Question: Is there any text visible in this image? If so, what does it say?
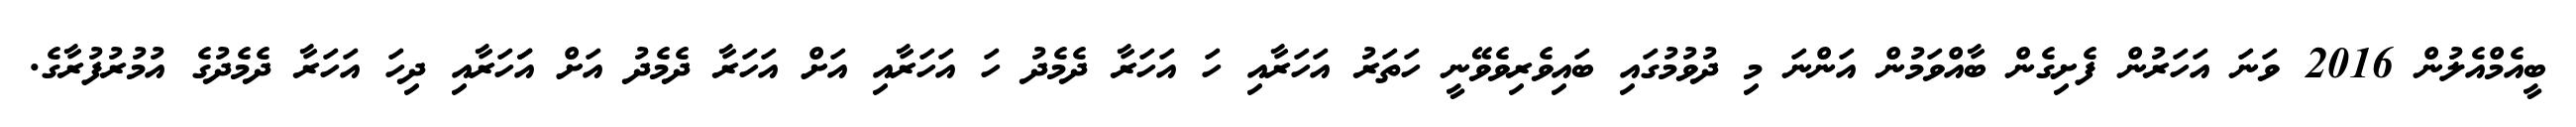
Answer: ބީއެމްއެލުން 2016 ވަނަ އަހަރުން ފެށިގެން ބާއްވަމުން އަންނަ މި ދުވުމުގައި ބައިވެރިވެވޭނީ ހަތަރު އަހަރާއި ހަ އަހަރާ ދެމެދު ހަ އަހަރާއި އަށް އަހަރާ ދެމެދު އަށް އަަހަރާއި ދިހަ އަހަރާ ދެމެދުގެ އުމުރުފުރާގެ.